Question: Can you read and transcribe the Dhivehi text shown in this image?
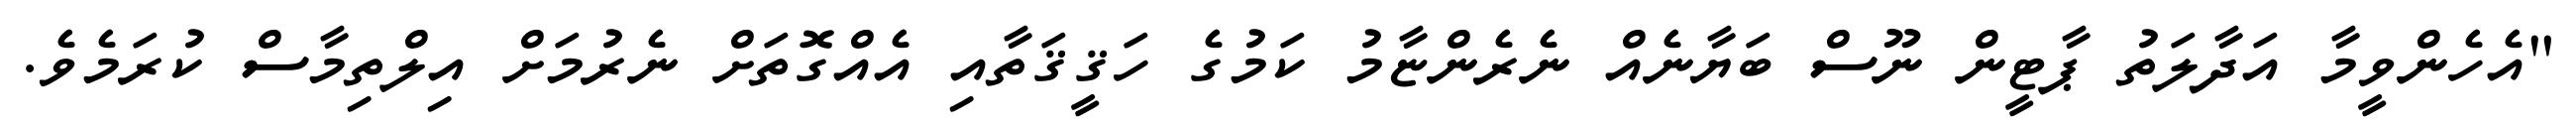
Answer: "އެހެންވީމާ އަދާލަތު ޕާޓީން ނޫސް ބަޔާނެއް ނެރެންޏާމު ކަމުގެ ހަޤީޤަތާއި އެއްގޮތަށް ނެރުމަށް އިލްތިމާސް ކުރަމެވެ.